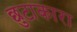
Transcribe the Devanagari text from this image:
छुटाकारा